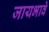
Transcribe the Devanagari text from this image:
जायभावे